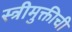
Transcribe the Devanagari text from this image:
स्त्रीमुक्तीची